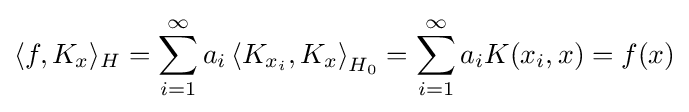
\langle f,K_{x}\rangle _{H}=\sum _{i=1}^{\infty }a_{i}\left\langle K_{x_{i}},K_{x}\right\rangle _{H_{0}}=\sum _{i=1}^{\infty }a_{i}K(x_{i},x)=f(x)